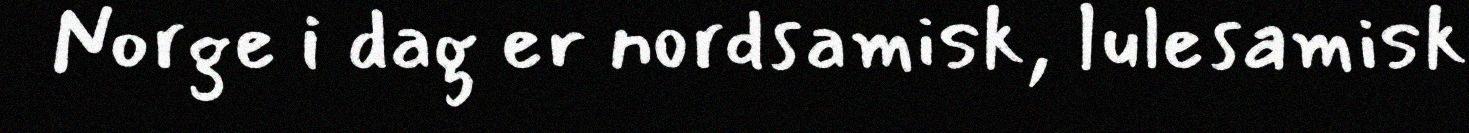
Norge i dag er nordsamisk, lulesamisk